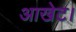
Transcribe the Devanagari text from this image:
आखेट।